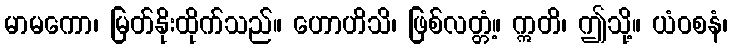
မာမကော၊ မြတ်နိုးထိုက်သည်။ ဟောဟိသိ၊ ဖြစ်လတ္တံ့။ ဣတိ၊ ဤသို့။ ယံဝစနံ၊